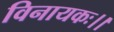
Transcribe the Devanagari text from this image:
विनायकः।।